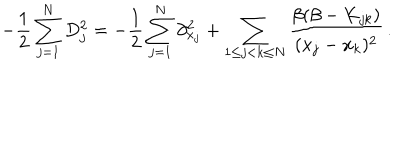
LaTeX: - \frac { 1 } { 2 } \sum _ { j = 1 } ^ { N } D _ { j } ^ { 2 } = - \frac { 1 } { 2 } \sum _ { j = 1 } ^ { N } \partial _ { x _ { j } } ^ { 2 } + \sum _ { 1 \leq j < k \leq N } \frac { \beta ( \beta - K _ { j k } ) } { ( x _ { j } - x _ { k } ) ^ { 2 } } \, .